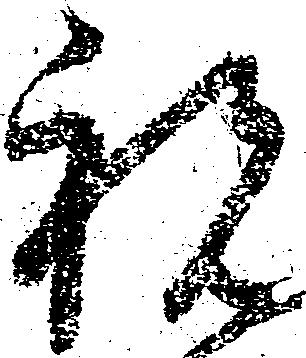
祝